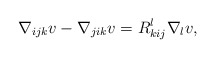
\begin{align*} \nabla_{ijk} v - \nabla_{jik} v = R^l_{kij} \nabla_l v,\end{align*}